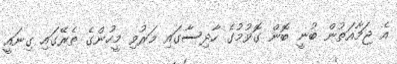
އެ ޖަމާއަތުން ބުނީ ބޮން ގޮވުމުގެ ހާދިސާގައި މަރުވި މީހުންގެ ތެރޭގައި ގިނައީ